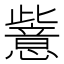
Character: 𱥉